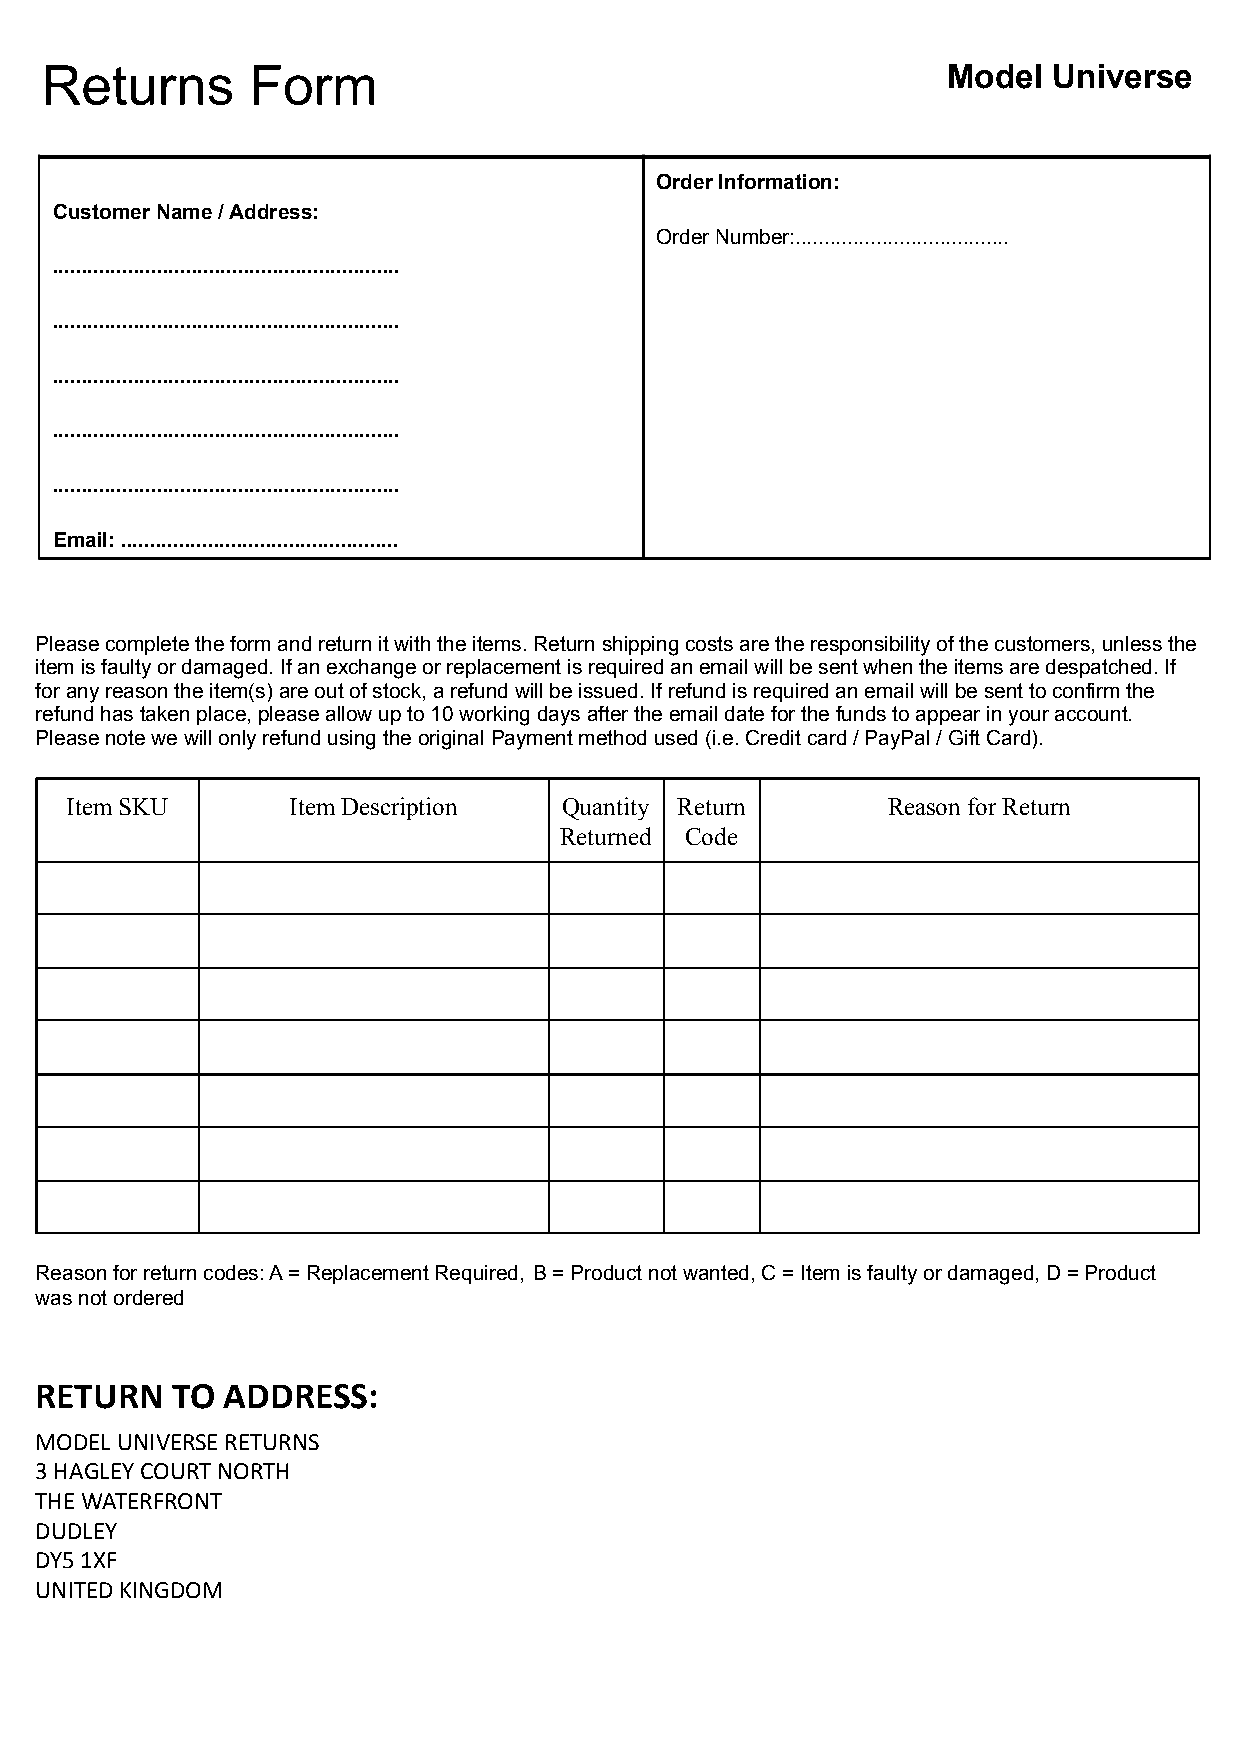
Returns       Form                                          Model  Universe
 Order Information:
 Customer Name / Address:
 Order Number:.....................................
 ............................................................
 ............................................................
 ............................................................
 ............................................................
 ............................................................
 Email: ................................................
 Please complete the form and return it with the items.Return shipping costs are the responsibility of thecustomers, unless the
 item is faulty or damaged. If an exchange or replacementis required an email will be sent when the itemsare despatched. If
 for any reason the item(s) are out of stock, a refundwill be issued. If refund is required an email willbe sent to confirm the
 refund has taken place, please allow up to 10 workingdays after the email date for the funds to appearin your account.
 Please note we will only refund using the originalPayment method used (i.e. Credit card / PayPal /Gift Card).
 Item SKU       Item Description  Quantity Return       Reason for Return
 Returned Code
 Reason for return codes: A = Replacement Required, B = Product not wanted, C = Item is faulty or damaged,D = Product
 was not ordered
 RETURN   TO  ADDRESS:
 MODEL UNIVERSE RETURNS
 3 HAGLEY COURT NORTH
 THE WATERFRONT
 DUDLEY
 DY5 1XF
 UNITED KINGDOM